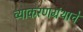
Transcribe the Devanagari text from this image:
व्याकरणग्रंथाचे